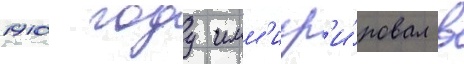
1910 году имм'игр'и́ровал в